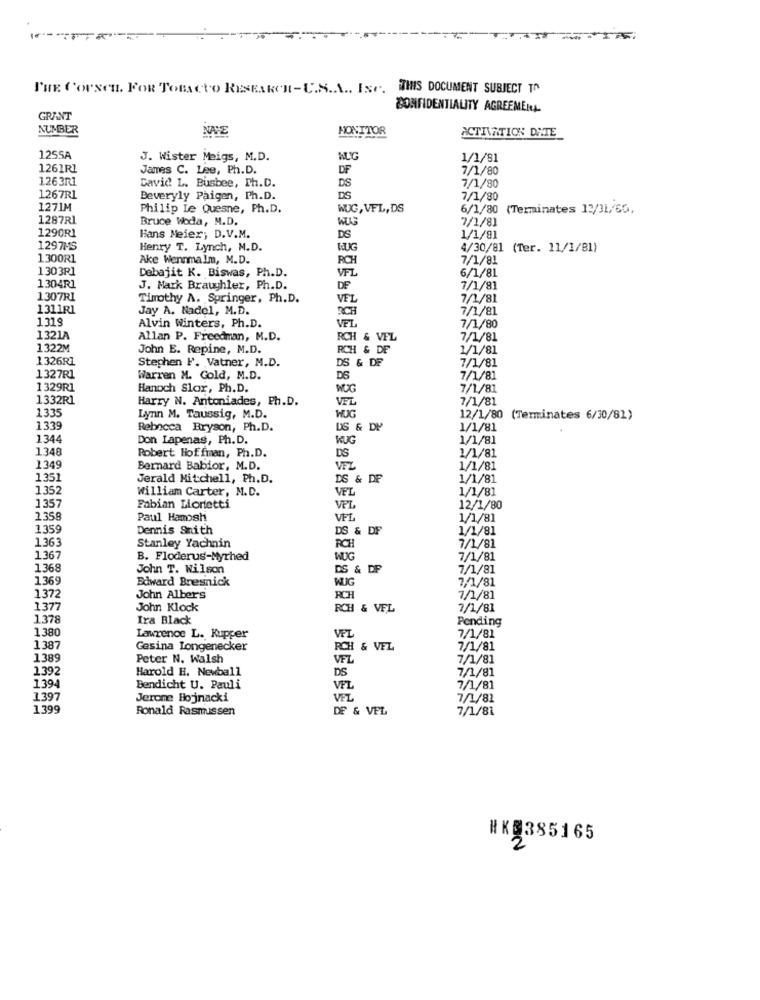
THE COUSen. FOR TOBACCO RESEARCH- C.S.A .. ING. THIS DOCUMENT SUBJECT TO
CONFIDENTIALITY AGREEMENA-
GRANT
NUMBER
NAVE
MONITOR
ACTIVATION DATE
1255A
J. Wister Meigs, M.D.
1/1/81
1261RI
James C. Lee, Ph.D.
DF
7/1/80
1263R1
David L. Busbee, Ph.D.
DS
7/1/80
1267R1
Beveryly Paigen, Ph.D.
DS
7/1/80
1271M
Philip Le Quesne, Ph.D.
WUG, VFL, DS
6/1/80 (Terminates 12/31/60,
1287R1
Bruce Woda, M.D.
7/1/81
1290R1
Hans Meier, D.V.M.
DS
1/1/91
1297MS
Henry T. Lynch, N.D.
BUG
4/30/81 (Ter. 11/1/81)
1300R1
Ake Wennmalm, M.D.
RCH
7/1/81
1303R1
6/1/81
Debajit K. Biswas, Ph.D.
VFL
1304R1
J. Mark Braughler, Ph.D.
DF
7/1/81
1307RI
Timothy A. Springer, Ph. D.
VEL
7/1/81
1311R1
Jay A. Nadel, M.D.
RICH
7/1/81
1318
7/1/80
Alvin Winters, Ph.D.
VEL
1321A
Allan P. Freedman, M.D.
RCH & VEL
7/1/81
1322M
John E. Repine, M.D.
RCH & DF
1/1/81
1326RI
Stephen F. Vatner, M.D.
DS & DF
7/1/81
1327R1
Warren M. Cold, M.D.
D6
7/1/81
1329R1
Hanoch Slor, Ph.D.
WOG
7/1/81
1332R1
Harry N. Antoniades, Ph.D.
VEL
7/1/81
1335
Lynn M. Taussig, M.D.
WUG
12/1/80 (Terminates 6/30/81)
1339
Rebecca Bryson, Ph.D.
US & DY
1/1/81
1344
Don Lapenas, Ph.D.
WUG
1/1/81
1348
Robert Hoffman, Ph.D.
DS
1/1/81
1349
Bernard Babior, M.D.
VFL
1/1/81
1351
Jerald Mitchell, Ph.D.
DS & DF
1/1/81
1,352
william Carter, N.D.
VEL
1/1/81
1357
Fabian Liortetti
VPL
12/1/80
1,358
Paul Hamosh
VFL
1/1/81
1359
Dennis Smith
DS & DF
1/1/81
1363
7/1/81
Stanley Yachnin
RCH
1367
B. Floderus-Myrhed
WUG
7/1/81
1368
John T. Wilson
DS & DF
7/1/81
1369
7//1/81
Edward Bresnick
WUG
1.372
John Albers
RCH
7/1/81
1377
John Klock
RCH & VEL
7/1/81
1.378
Ira Black
Pending
1380
Lawrence L. Kupper
VEL
7/1/81
1 387
Gesina Longenecker
PCH
& VEL
7/1/81
1389
Peter N. Walsh
VFL
7/1/81
1392
Harold H. Newball
DS
7/1/81
1394
Bendicht U. Pauli
VFL
7/1/81
1397
Jerome Hojnacki
VEL
7/1/82
1399
Ronald Rasmussen
DE & VEL
7/1/81
#Kg385165
2